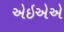
એઇએએ